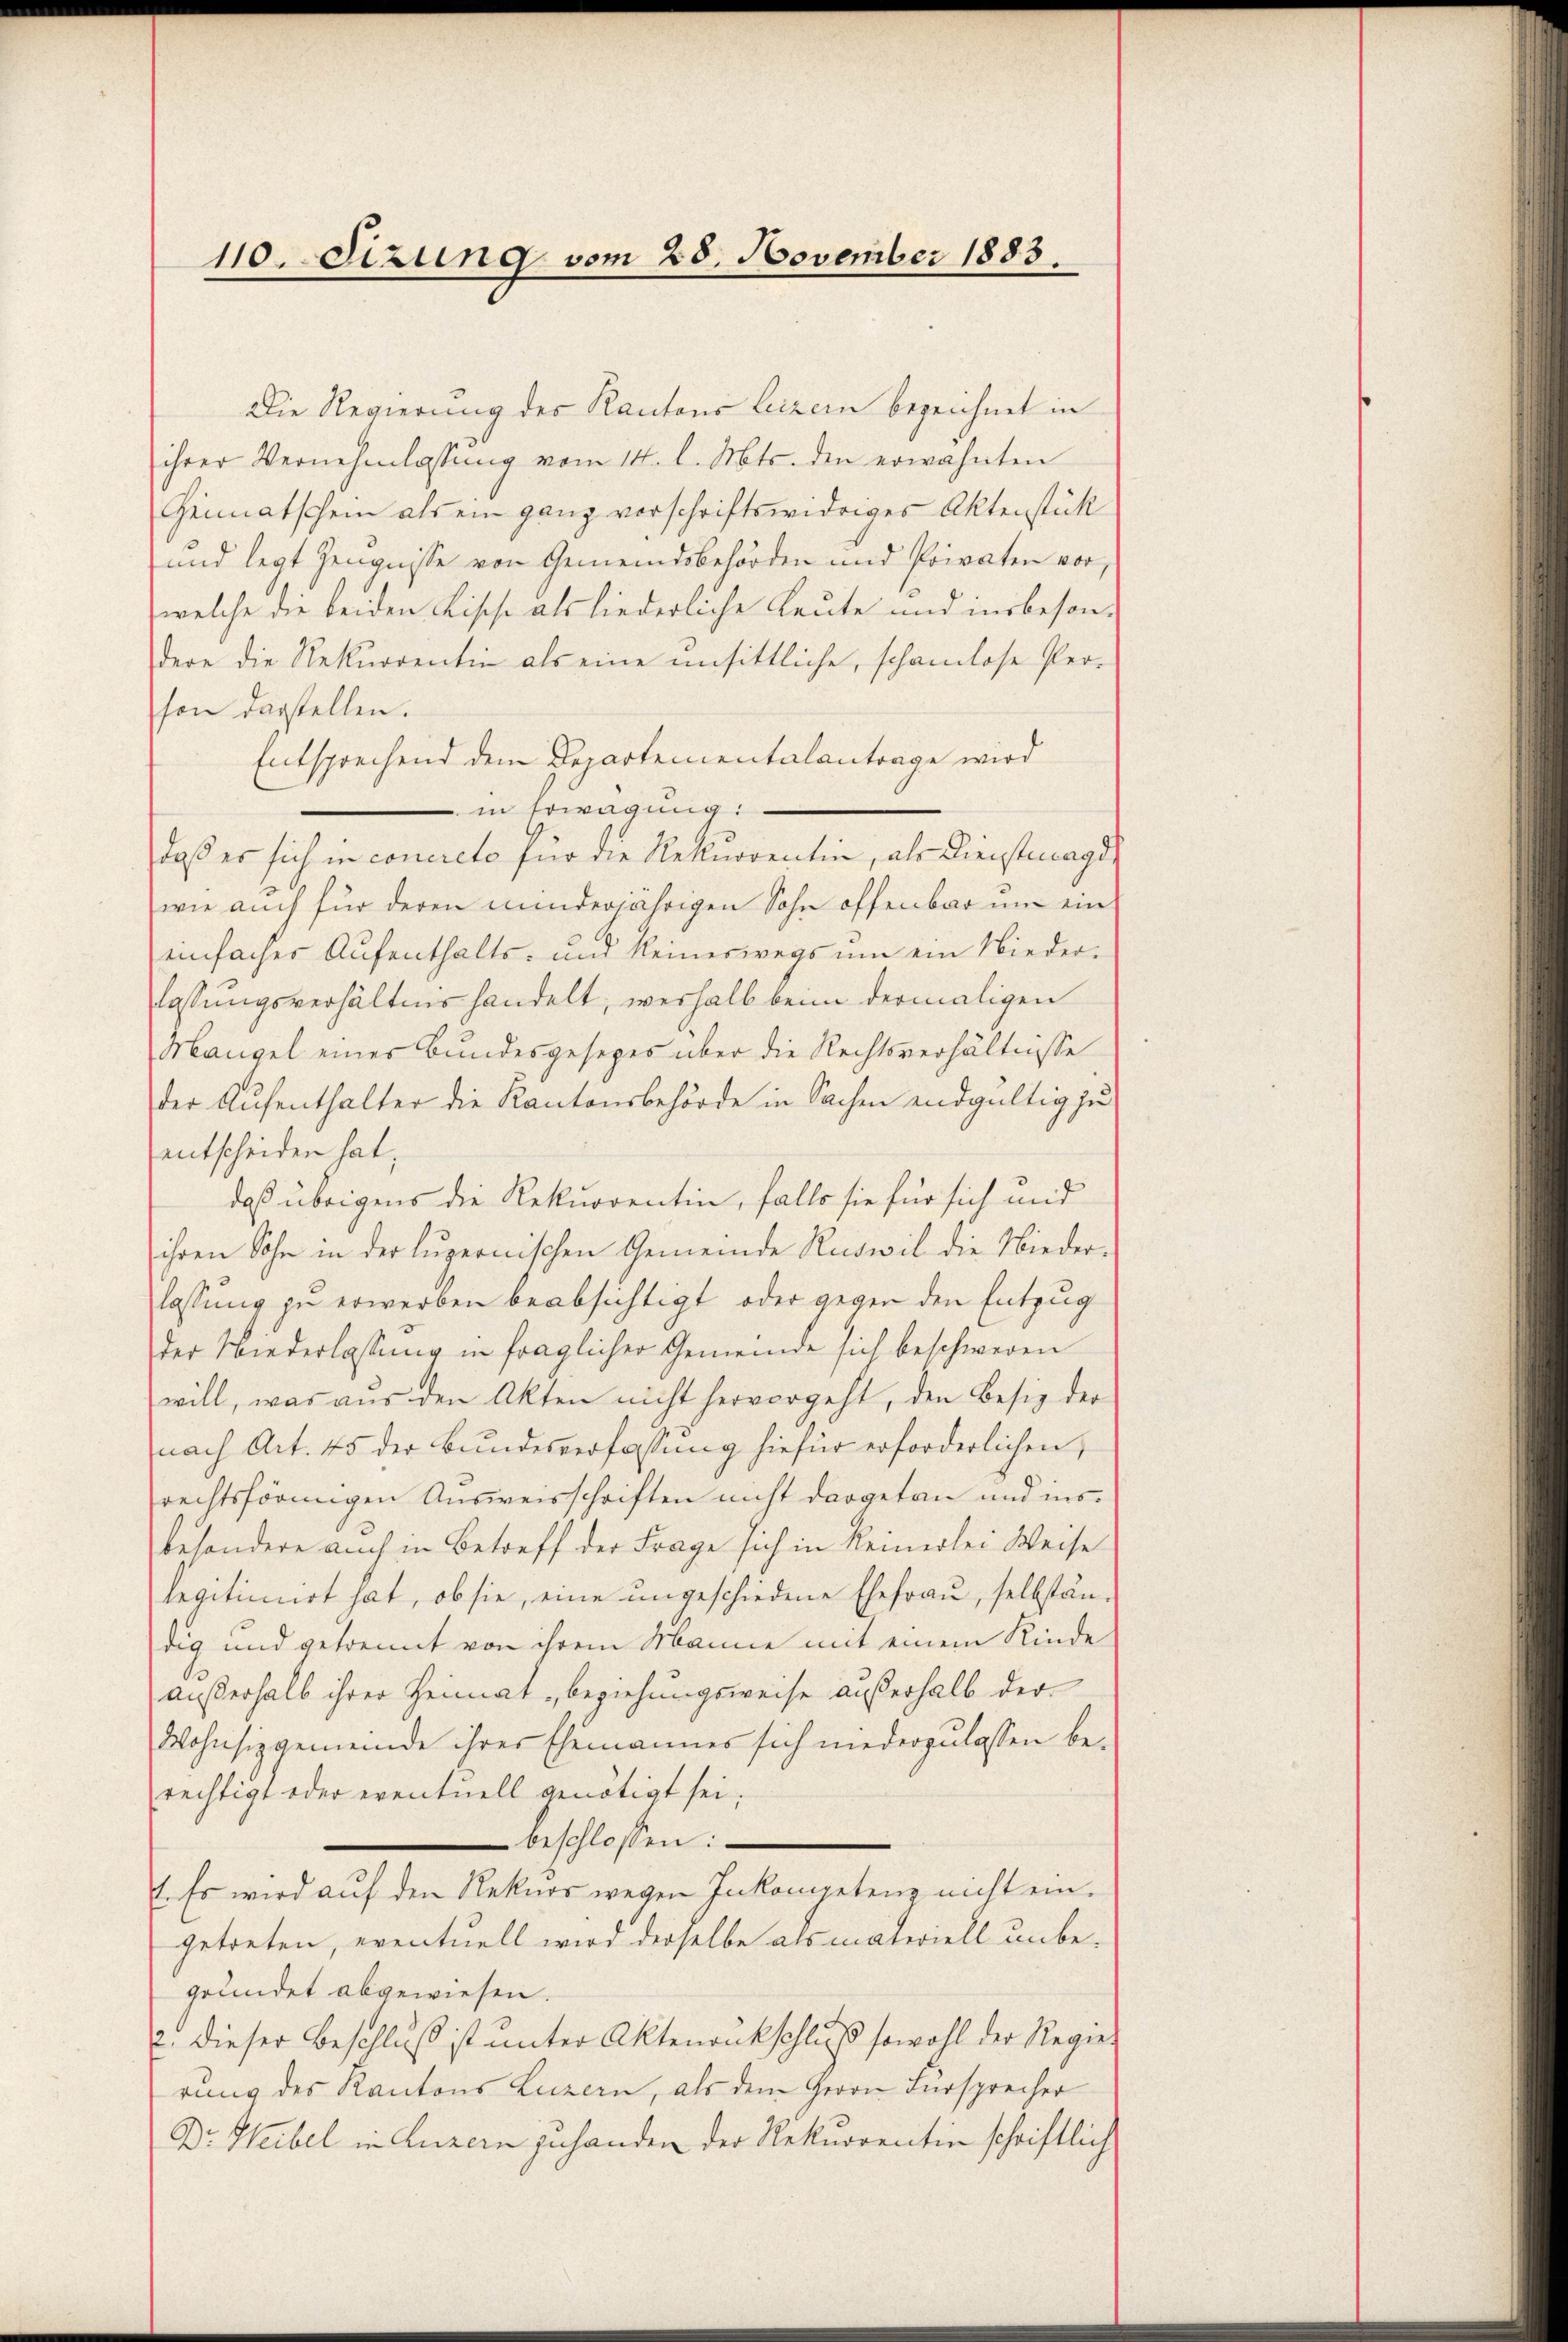
110. Sizung vom 25. November 1883.

Die Regierung des Kantons Luzern bezeichnet in
ihrer Vernehmlassung vom 14. l. Mts. den erwähnten
Heimatschein als ein ganz vorschriftswidriges Aktenstück
und legt Zeugnisse von Gemeindsbehörden und Privaten vor,
welche die beiden Fische als liederliche Leute und insbesondere die Rekurrentin als eine unsittliche, schamlose Per-
hon darstellen.
Entsprechend dem Departementalantrage wird
 in Erwägung:
daß er sich in concreto für die Rekurrentin, als Dienstmagd
wie auch für deren minderjährigen Sohn offenbar um ein
einfaches Aufenthalts- und keineswegs um ein Nieder-
lassungsverhältnis handelt, weshalb beim dermaligen
Mangel eines Bundesgesezes über die Rechtsverhältnisse
der Aufenthalter die Kantonsbehörde in Sachen endgültig zu
entscheiden hat,
daß übrigens die Rekurrentin, falls sie für sich und
ihren Sohn in der luzernischen Gemeinde Ruswil die Nieder-
lassung zu erwerben beabsichtigt, oder gegen den Entzug
der Niederlassung in fraglicher Gemeinde sich beschweren
will, was aus den Akten nicht hervorgeht, den Besiz der
nach Art. 45 der Bundesverfassung hiefür erforderlichen,
rechtsförmigen Ausweisschriften nicht dargetan und insbesondere auch in Betreff der Frage sich in keinerlei Weise
legitimiert hat, ob sie, eine ungeschiedene Ehefrau, selbständig und getrennt von ihrem Manne mit einem Kinde
außerhalb ihrer Heimat, beziehungsweise außerhalb der¬
Wohnsizgemeinde ihrer Ehemannes sich niederzulassen berechtigt oder eventuell genötigt sei;
beschlossen:
1. Es wird auf den Rekurs wegen Inkompetenz nicht eingetreten, eventuell wird derselbe als materiell unbegründet abgewiesen.
c. dieser Beschluß ist unter Aktenankschluß sowohl der Regierung des Kantons Luzern, als dem Herrn Fürsprecher
Dr. Heibel in Luzern zuhanden der Rekurrentin schriftlich